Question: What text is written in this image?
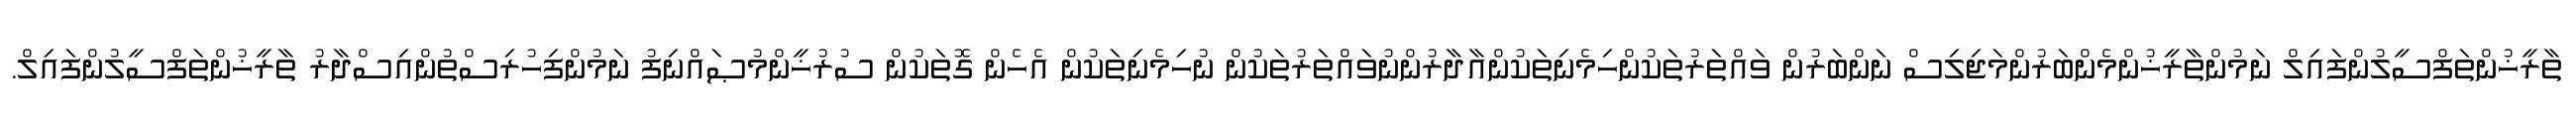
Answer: ތާރީޚުންތަފްސީލުންފައިލް ނަމުންތާރީޚުންމެންބަރުންމަޖިލިސް ނަންބަރުން ވައްތަރުތަކުންހިމެނިތަކުންއާދާރުންނުވައްތަރުތަކުން ނުހިމެނިތަކުން އެހެން ގޮތަކުން ސުރުޚީންމުޞައްނިފު ނަމުންފިހުރިސްތުންއިސްދާރު ތާރީޚުންތަފްސީލުންފައިލް.